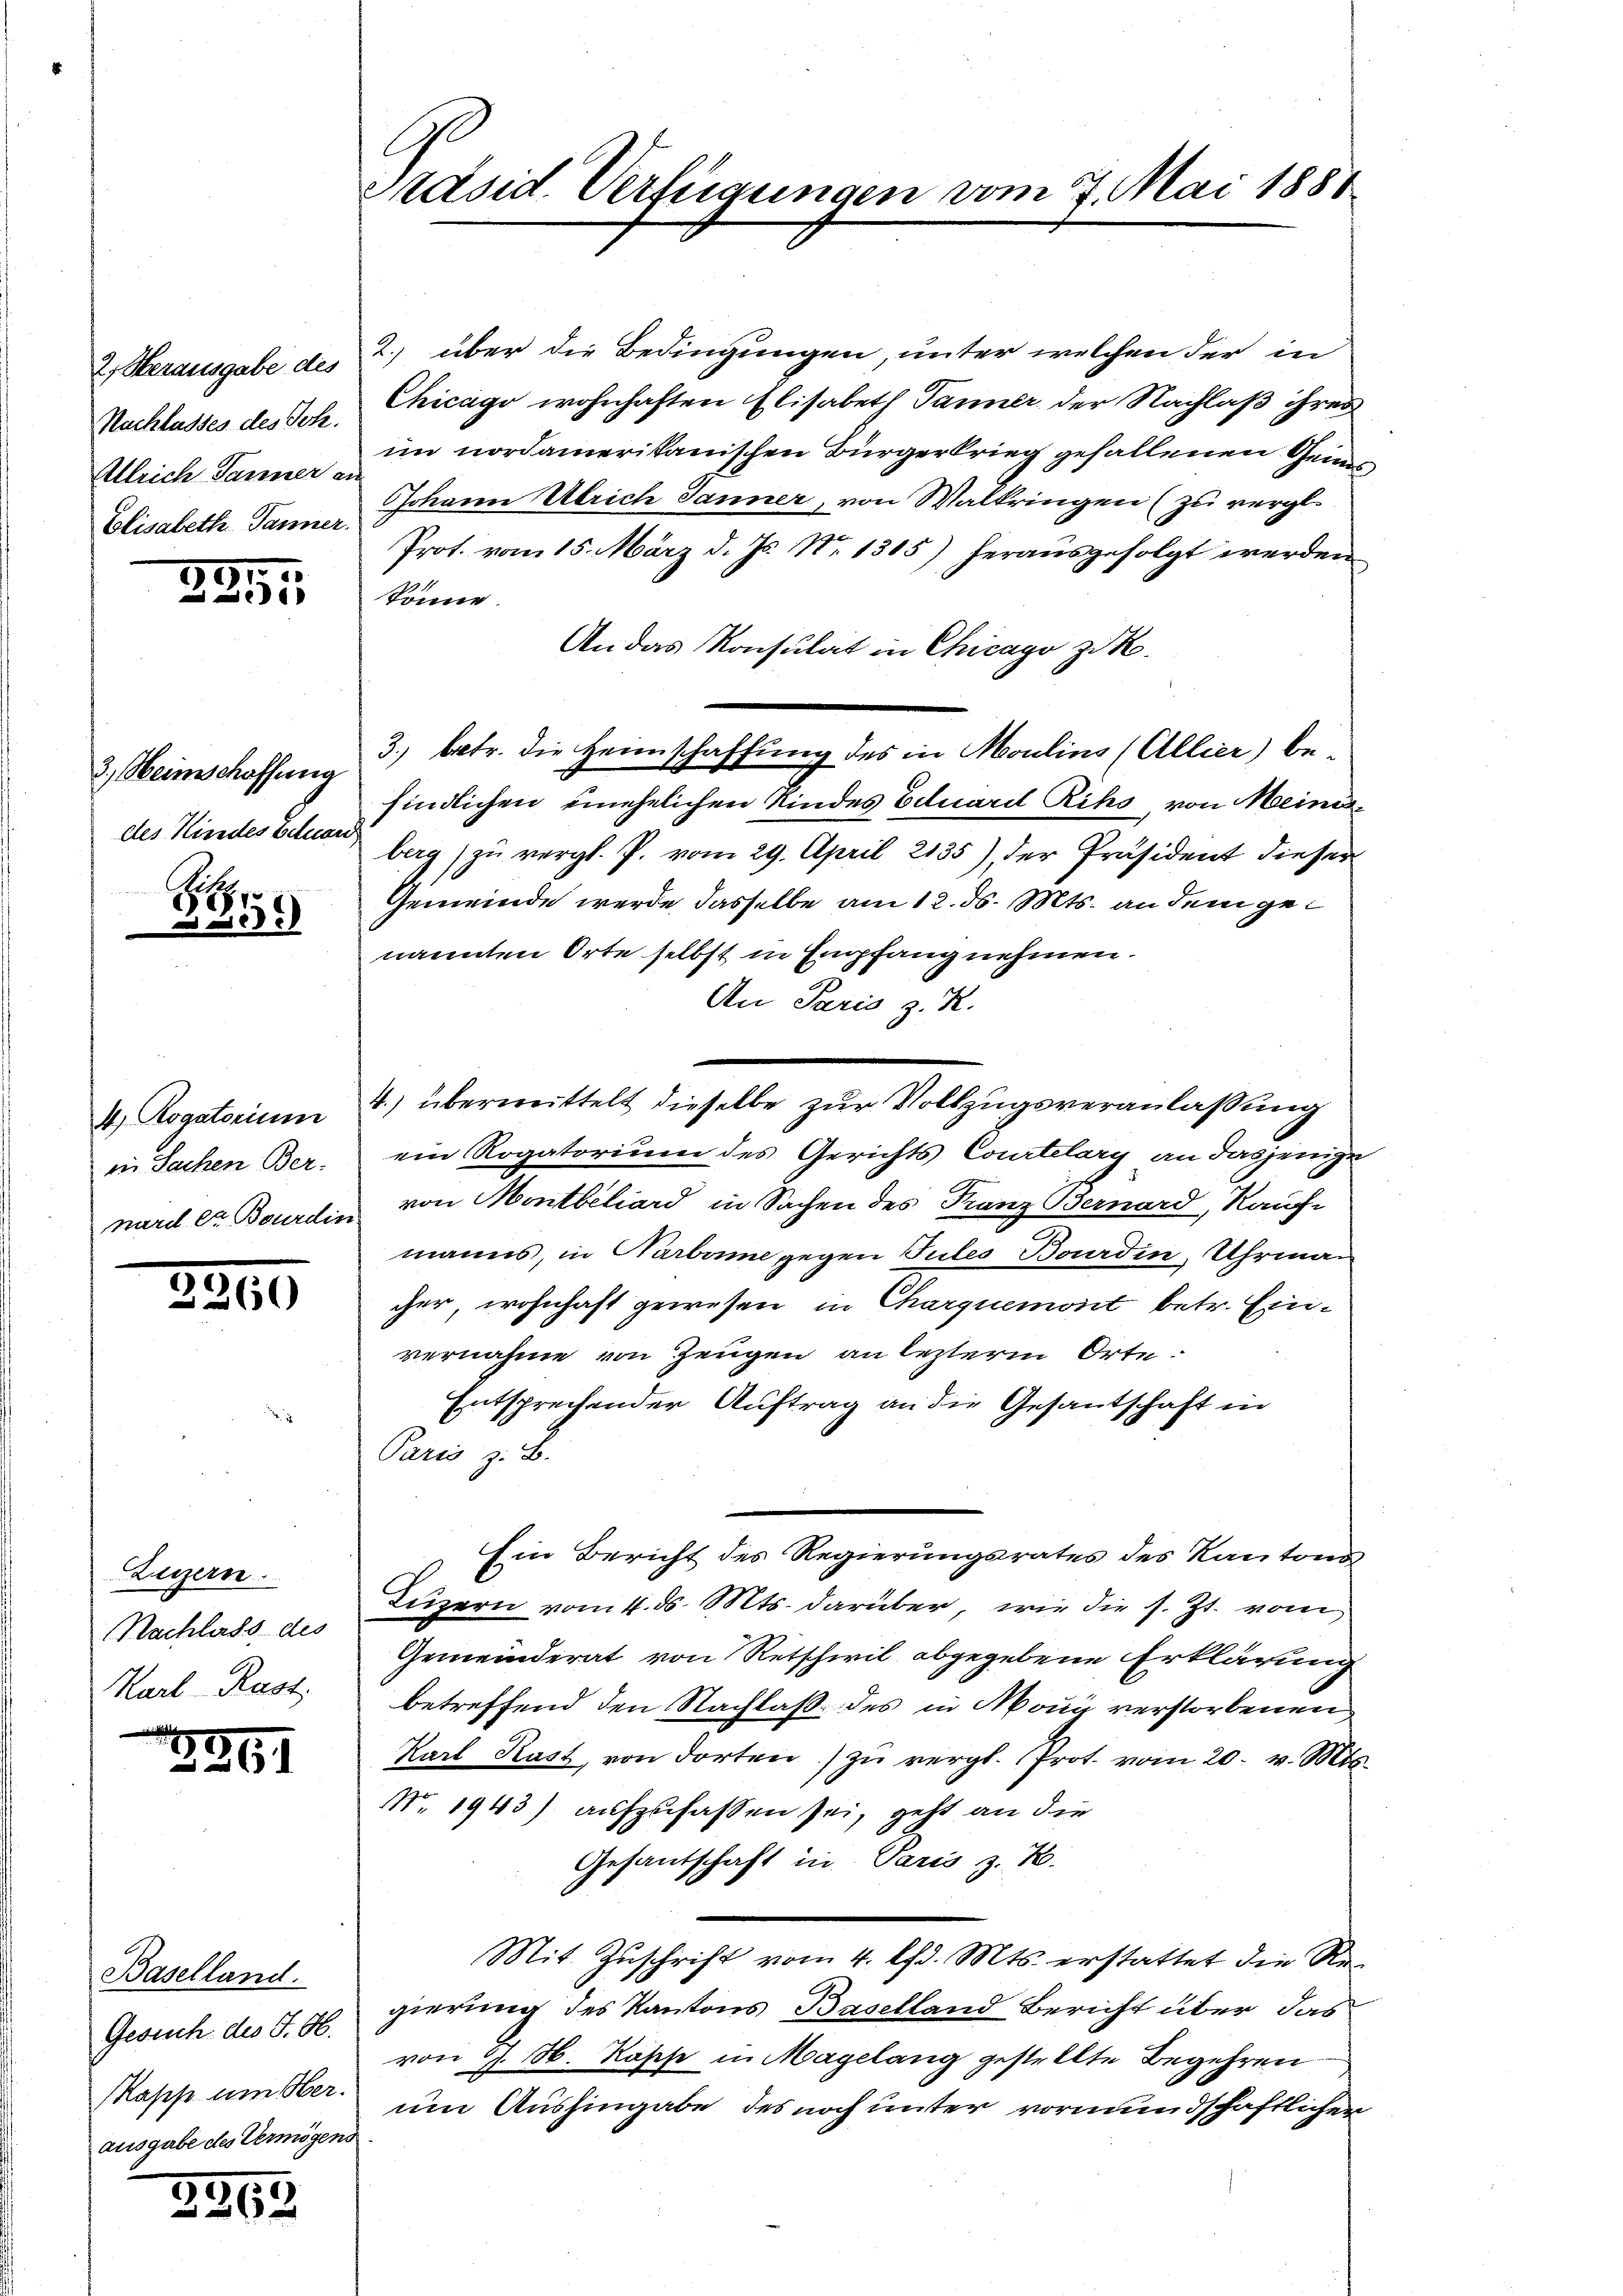
2. Herausgabe des
Nachlasses des Joh.
Allrich Tanner an
Elisabeth. Tanner.

197.

3., Heimschaffung
des Kindes Eduard,

Hi
uech

4) Rogatorium
in Sachen Ber-

3265

Luzern.
Nachlass des
Karl Rast

2

Baselland.
Gesuch des J. G.
(Kappe um Ober
ausgabe des Vermögens

3263

Präsid. Verfügungen vom 7. Mai 1881

2. über die Bedingungen, unter welchen der in
Chicago wohnhaften Elisabeth Tanner der Nachlaß ihres
im nordamerikanischen Bürgerkrieg gefallenen Gen¬
JJohann Ulrich Janner, von Waltringen (zu vergl.
Prot. vom 15. März d. Js. No 1315) herausgefolgt werden
könne.
An das Konsulat in Chicago zu k
3) betr. die Heimschaffung des in Moulins (Allier) befindlichen einehelichen Kindes Eduard Rihs von Meiniberg zu vergl. P. vom 29. April 2135), der Präsident dieser
Gemeinde werde dasselbe am 12. ds. Mts. an dem genannten Orte selbst in Empfang nehmen.
An Paris z. R.
ein Rogatorium des Gerichts Courtelary an dasjenige
nard er Bourdin von Montbiliard in Sachen des Franz Bernard, Kauf-
manns, in Narbame gegen Tules Baardin, Uhrman
cher, wohnhaft gewesen in Charquemont betr. Einvernahme von Zeugen an lezterm Orte.
Entsprechender Auftrag an die Gesantschaft in
Paris z. B.
Ein Bericht des Regierungsrates des Kantons
Luzern vom 4. ds. Mts. darüber, wie die s. Zt. vom
Gemeinderat von Retschwil abgegebene Erklärung
betreffend den Nachlaß des in Möng verstorbenen
Karl Kast, von dorten zŭ vergl. Prot. vom 20. v. Mts.
No. 1943) aufzufassen sei, geht an die
Gesantschaft in Paris z. B.
Mit Zuschrift vom 4. Chr. Mts. erstattet die Regierung des Kantons Baselland Bericht über das
von 9. N. Kasse in Magelang gestellte Begehren
um Aushingabe des noch unter vormundschaftlichen

e
4.) übermittelt dieselbe zur Vollzugsveranlassung